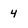
Character: 4